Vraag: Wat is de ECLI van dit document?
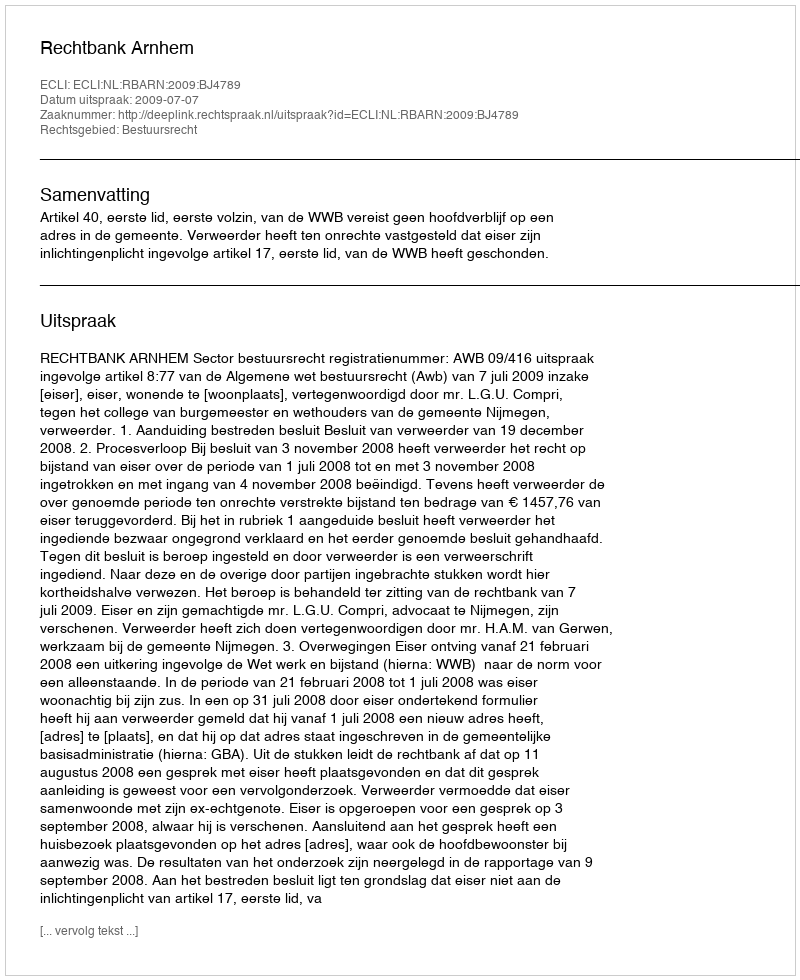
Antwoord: ECLI:NL:RBARN:2009:BJ4789